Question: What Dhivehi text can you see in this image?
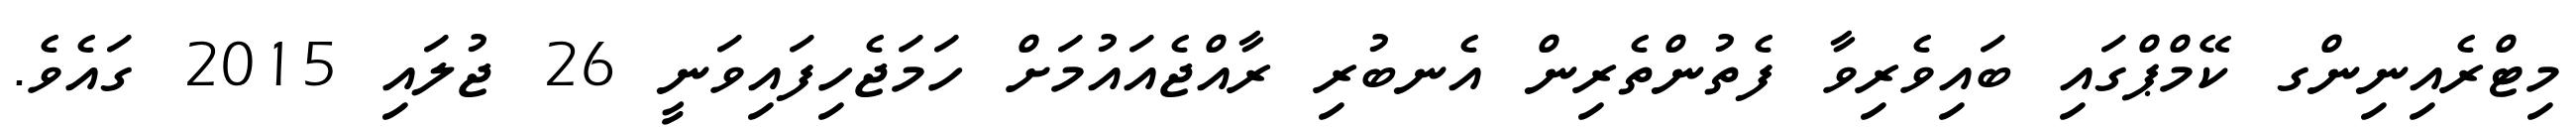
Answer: މިޓްރެއިނިންގ ކޭމްޕްގައި ބައިވެރިވާ ފެތުންތެރިން އެނބުރި ރާއްޖެއައުމަށް ހަމަޖެހިފައިވަނީ 26 ޖުލައި 2015 ގައެވެ.